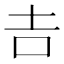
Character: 𠮷